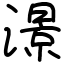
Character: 澋